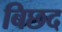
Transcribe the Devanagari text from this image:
बिछद